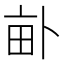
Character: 𤱈